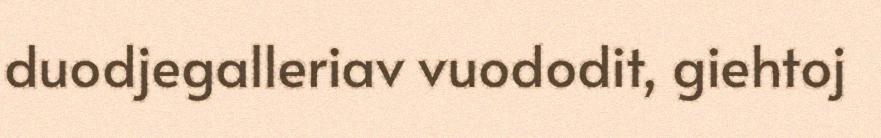
duodjegalleriav vuododit, giehtoj